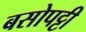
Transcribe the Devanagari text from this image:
बसोपट्टी